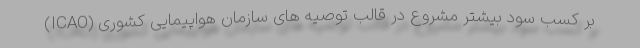
بر کسب سود بیشتر مشروع در قالب توصیه های سازمان هواپیمایی کشوری (ICAO)